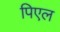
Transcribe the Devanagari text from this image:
पिएल